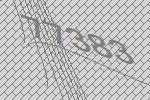
77383